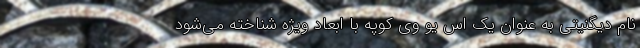
نام دیگنیتی به عنوان یک اس یو وی کوپه با ابعاد ویژه شناخته می‌شود